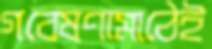
গবেষণামাঠেই